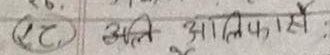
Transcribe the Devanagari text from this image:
२८ अति आलस: